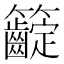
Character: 𥸟